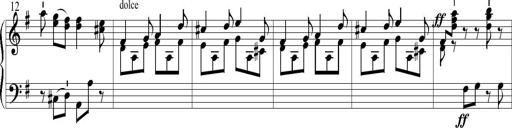
Title: 6 Leichte Sonatinen, Teil 1
Composer: F. Sigismund Sander